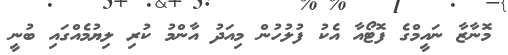
މޮނާޒާ ނައީމްގެ ފޮޓޯއާ އެކު ފުލުހުން މިއަދު އާންމު ކުރި ލިޔުމެއްގައި ބުނީ